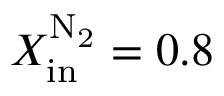
X _ { \mathrm { i n } } ^ { \mathrm { N _ { 2 } } } = 0 . 8